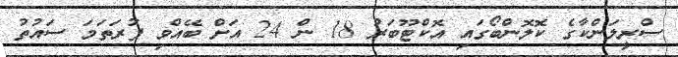
ސްރީލަންކާގެ ކޮލޮންބޯގައި އޮކްޓޫބަރު 18 ން 24 އަށް ބޭއްވި ފުރަތަމަ ސައުތު